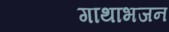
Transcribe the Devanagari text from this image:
गाथाभजन